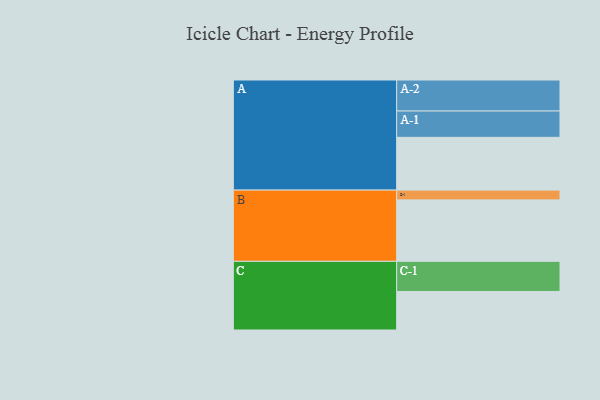
{"axis": {"x": "Segment", "y": "Value"}, "legend": ["", "A", "B", "C"], "data": [{"x": "A", "y": 475, "type": ""}, {"x": "B", "y": 553, "type": ""}, {"x": "C", "y": 347, "type": ""}, {"x": "A-1", "y": 237, "type": "A"}, {"x": "A-2", "y": 279, "type": "A"}, {"x": "B-1", "y": 88, "type": "B"}, {"x": "C-1", "y": 271, "type": "C"}]}